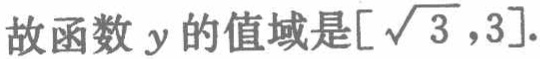
故函数\(y\)的值域是\([\sqrt{3},3]\).